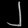
Digit: ၂